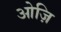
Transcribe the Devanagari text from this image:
ओज़ि